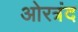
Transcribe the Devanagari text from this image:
ओरत्रंद